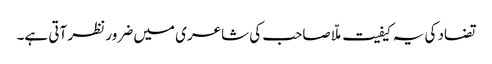
تضاد کی یہ کیفیت ملّا صاحب کی شاعری میں ضرور نظر آتی ہے۔